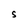
Character: S